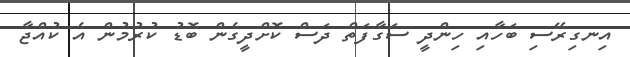
އިނގިރޭސި ބަހާއި ހިންދީ ސަގާފަތް ދަސް ކޮށްދީގެން ބޮޑު ކުރުމުން އެ ކުއްޖާ